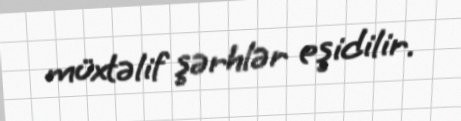
müxtəlif şərhlər eşidilir.